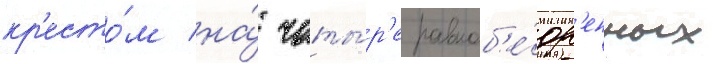
кр'есто́м на́ четы́р'е равноб'е́др'енных